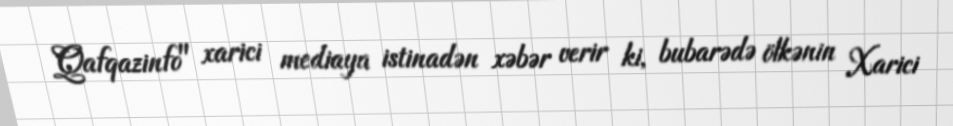
Qafqazinfo" xarici mediaya istinadən xəbər verir ki, bubarədə ölkənin Xarici